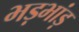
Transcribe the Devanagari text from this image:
भड़भांड़